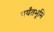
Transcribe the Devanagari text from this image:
पर्यंतभूमि